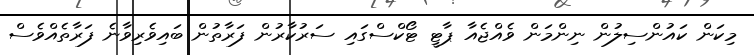
މިކަން ކައުންސިލުން ނިންމަން ވެއްޖެއާ ޕާޓީ ޓޯކްސްގައި ސަރުކާރުން ފަރާތުން ބައިވެރިވާނެ ފަރާތެއްވެސް